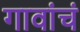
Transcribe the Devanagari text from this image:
गावांचं